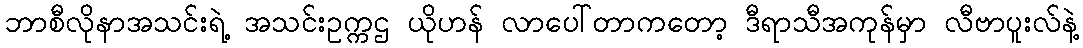
ဘာစီလိုနာအသင်းရဲ့ အသင်းဥက္ကဌ ယိုဟန် လာပေါ်တာကတော့ ဒီရာသီအကုန်မှာ လီဗာပူးလ်နဲ့